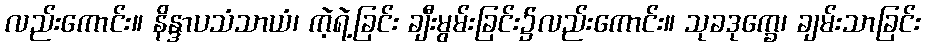
လည်းကောင်း။ နိန္ဒာပသံသာယံ၊ ကဲ့ရဲ့ခြင်း ချီးမွမ်းခြင်း၌လည်းကောင်း။ သုခဒုက္ခေ၊ ချမ်းသာခြင်း